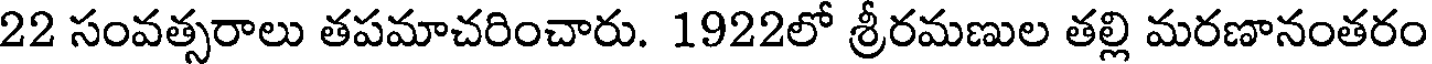
22 సంవత్సరాలు తపమాచరించారు. 1922లో శ్రీరమణుల తల్లి మరణానంతరం